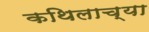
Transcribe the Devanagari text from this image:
कथिलाच्या